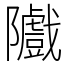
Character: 隵